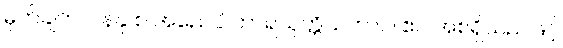
မှတ်ချက်။ ။ နနု စ အညေပိ ဟာရယုတ္တိသဘာဝါ ဧဝ အစရှိသည်ဖြင့်